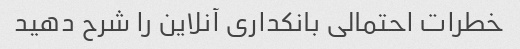
خطرات احتمالی بانکداری آنلاین را شرح دهید